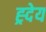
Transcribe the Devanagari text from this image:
ह्र्देय